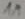
Text: 1M